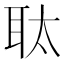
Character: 𮋮